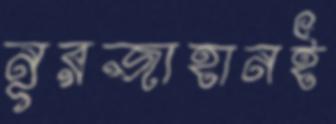
নূরজাহানই